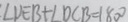
: \angle D E B + \angle D C B = 1 8 0 ^ { \circ }